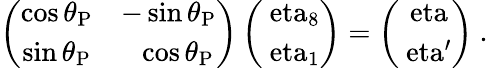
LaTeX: \left({\begin{array}{cc}{\cos\theta_{\mathrm{P}}}&{-\sin\theta_{\mathrm{P}}}\\ {\sin\theta_{\mathrm{P}}}&{~~\cos\theta_{\mathrm{P}}}\end{array}}\right)\left({\begin{array}{c}{\mathrm{\ eta}_{8}}\\ {\mathrm{\ eta}_{1}}\end{array}}\right)=\left({\begin{array}{c}{\mathrm{\ eta}}\\ {\mathrm{\ eta^{\prime}}}\end{array}}\right)~.